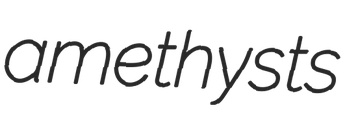
amethysts